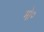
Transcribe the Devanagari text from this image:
मो०